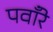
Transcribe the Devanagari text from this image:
पवाँरे